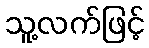
သူ့လက်ဖြင့်